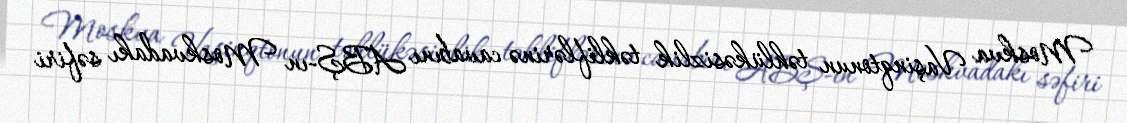
Moskva Vaşinqtonun təhlükəsizlik təkliflərinə cavabını ABŞ-ın Moskvadakı səfiri